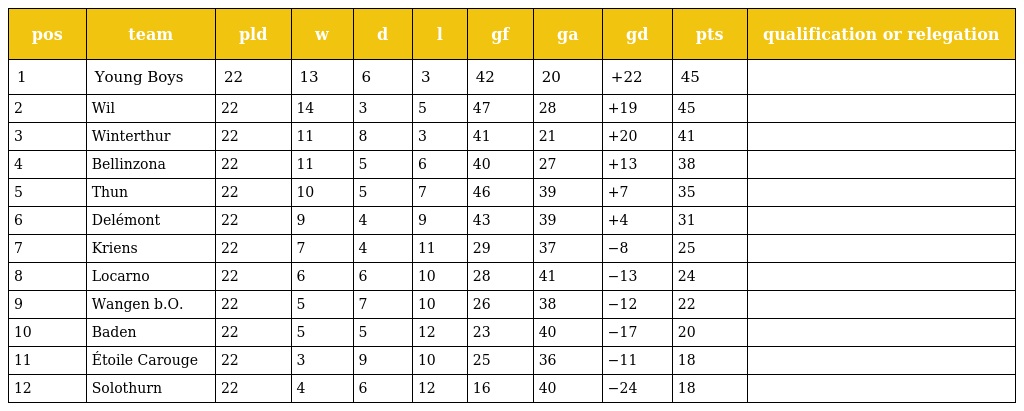
| pos | team | pld | w | d | l | gf | ga | gd | pts | qualification or relegation |
 | --- | --- | --- | --- | --- | --- | --- | --- | --- | --- | --- |
 | 1 | Young Boys | 22 | 13 | 6 | 3 | 42 | 20 | +22 | 45 |  |
 | 2 | Wil | 22 | 14 | 3 | 5 | 47 | 28 | +19 | 45 |  |
 | 3 | Winterthur | 22 | 11 | 8 | 3 | 41 | 21 | +20 | 41 |  |
 | 4 | Bellinzona | 22 | 11 | 5 | 6 | 40 | 27 | +13 | 38 |  |
 | 5 | Thun | 22 | 10 | 5 | 7 | 46 | 39 | +7 | 35 |  |
 | 6 | Delémont | 22 | 9 | 4 | 9 | 43 | 39 | +4 | 31 |  |
 | 7 | Kriens | 22 | 7 | 4 | 11 | 29 | 37 | −8 | 25 |  |
 | 8 | Locarno | 22 | 6 | 6 | 10 | 28 | 41 | −13 | 24 |  |
 | 9 | Wangen b.O. | 22 | 5 | 7 | 10 | 26 | 38 | −12 | 22 |  |
 | 10 | Baden | 22 | 5 | 5 | 12 | 23 | 40 | −17 | 20 |  |
 | 11 | Étoile Carouge | 22 | 3 | 9 | 10 | 25 | 36 | −11 | 18 |  |
 | 12 | Solothurn | 22 | 4 | 6 | 12 | 16 | 40 | −24 | 18 |  |